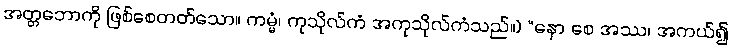
အတ္တဘောကို ဖြစ်စေတတ်သော။ ကမ္မံ၊ ကုသိုလ်ကံ အကုသိုလ်ကံသည်။) “နော စေ အဿ၊ အကယ်၍